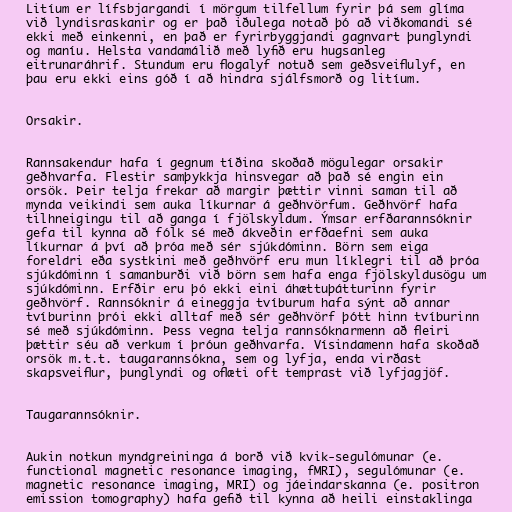
Litíum er lífsbjargandi í mörgum tilfellum fyrir þá sem glíma
við lyndisraskanir og er það iðulega notað þó að viðkomandi sé
ekki með einkenni, en það er fyrirbyggjandi gagnvart þunglyndi
og maníu. Helsta vandamálið með lyfið eru hugsanleg
eitrunaráhrif. Stundum eru flogalyf notuð sem geðsveiflulyf, en
þau eru ekki eins góð í að hindra sjálfsmorð og litíum.

Orsakir.

Rannsakendur hafa í gegnum tíðina skoðað mögulegar orsakir
geðhvarfa. Flestir samþykkja hinsvegar að það sé engin ein
orsök. Þeir telja frekar að margir þættir vinni saman til að
mynda veikindi sem auka líkurnar á geðhvörfum. Geðhvörf hafa
tilhneigingu til að ganga í fjölskyldum. Ýmsar erfðarannsóknir
gefa til kynna að fólk sé með ákveðin erfðaefni sem auka
líkurnar á því að þróa með sér sjúkdóminn. Börn sem eiga
foreldri eða systkini með geðhvörf eru mun líklegri til að þróa
sjúkdóminn í samanburði við börn sem hafa enga fjölskyldusögu um
sjúkdóminn. Erfðir eru þó ekki eini áhættuþátturinn fyrir
geðhvörf. Rannsóknir á eineggja tvíburum hafa sýnt að annar
tvíburinn þrói ekki alltaf með sér geðhvörf þótt hinn tvíburinn
sé með sjúkdóminn. Þess vegna telja rannsóknarmenn að fleiri
þættir séu að verkum í þróun geðhvarfa. Vísindamenn hafa skoðað
orsök m.t.t. taugarannsókna, sem og lyfja, enda virðast
skapsveiflur, þunglyndi og oflæti oft temprast við lyfjagjöf.

Taugarannsóknir.

Aukin notkun myndgreininga á borð við kvik-segulómunar (e.
functional magnetic resonance imaging, fMRI), segulómunar (e.
magnetic resonance imaging, MRI) og jáeindarskanna (e. positron
emission tomography) hafa gefið til kynna að heili einstaklinga